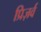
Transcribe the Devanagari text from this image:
प्रिज़र्व